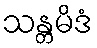
သန္တမိဒံ